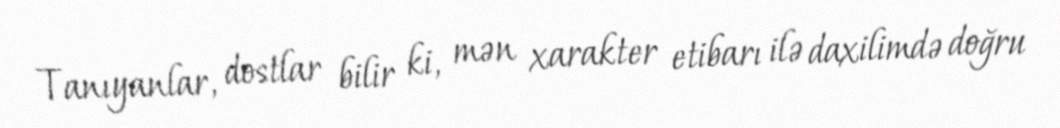
Tanıyanlar, dostlar bilir ki, mən xarakter etibarı ilə daxilimdə doğru